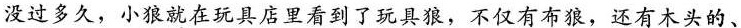
没过多久，小狼就在玩具店里看到了玩具狼，不仅有布狼，还有木头的、